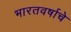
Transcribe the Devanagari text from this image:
भारतवर्षाचे